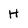
Character: H